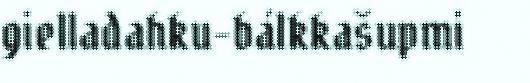
gielladahku-bálkkašupmi